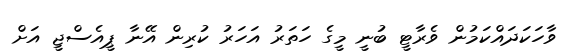
ވާހަކަދައްކަމުން ވެރާޓީ ބުނީ މީގެ ހަތަރު އަހަރު ކުރިން އޭނާ ޕީއެސްޖީ އަށް